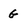
Character: G